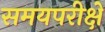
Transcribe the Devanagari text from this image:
समयपरीक्षे